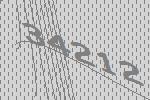
34212